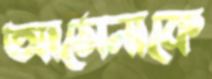
আমেনাকে